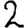
Digit: 2